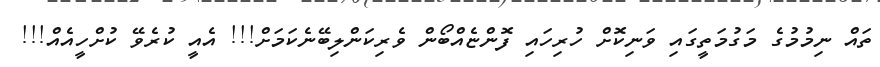
ތައް ނިމުމުގެ މަގުމަތީގައި ވަނިކޮށް ހުރިހައި ފޮންޏެއްބޯން ވެރިކަންލިބޭނެކަމަށް!!! އެއީ ކުރެވޭ ކުށްހީއެއް!!!